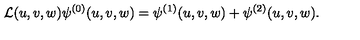
{ \cal L } ( u , v , w ) \psi ^ { ( 0 ) } ( u , v , w ) = \psi ^ { ( 1 ) } ( u , v , w ) + \psi ^ { ( 2 ) } ( u , v , w ) .